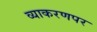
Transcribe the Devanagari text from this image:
व्याकरणपर